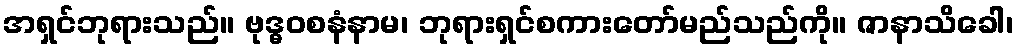
အရှင်ဘုရားသည်။ ဗုဒ္ဓဝစနံနာမ၊ ဘုရားရှင်စကားတော်မည်သည်ကို။ ဇာနာသိခေါ၊